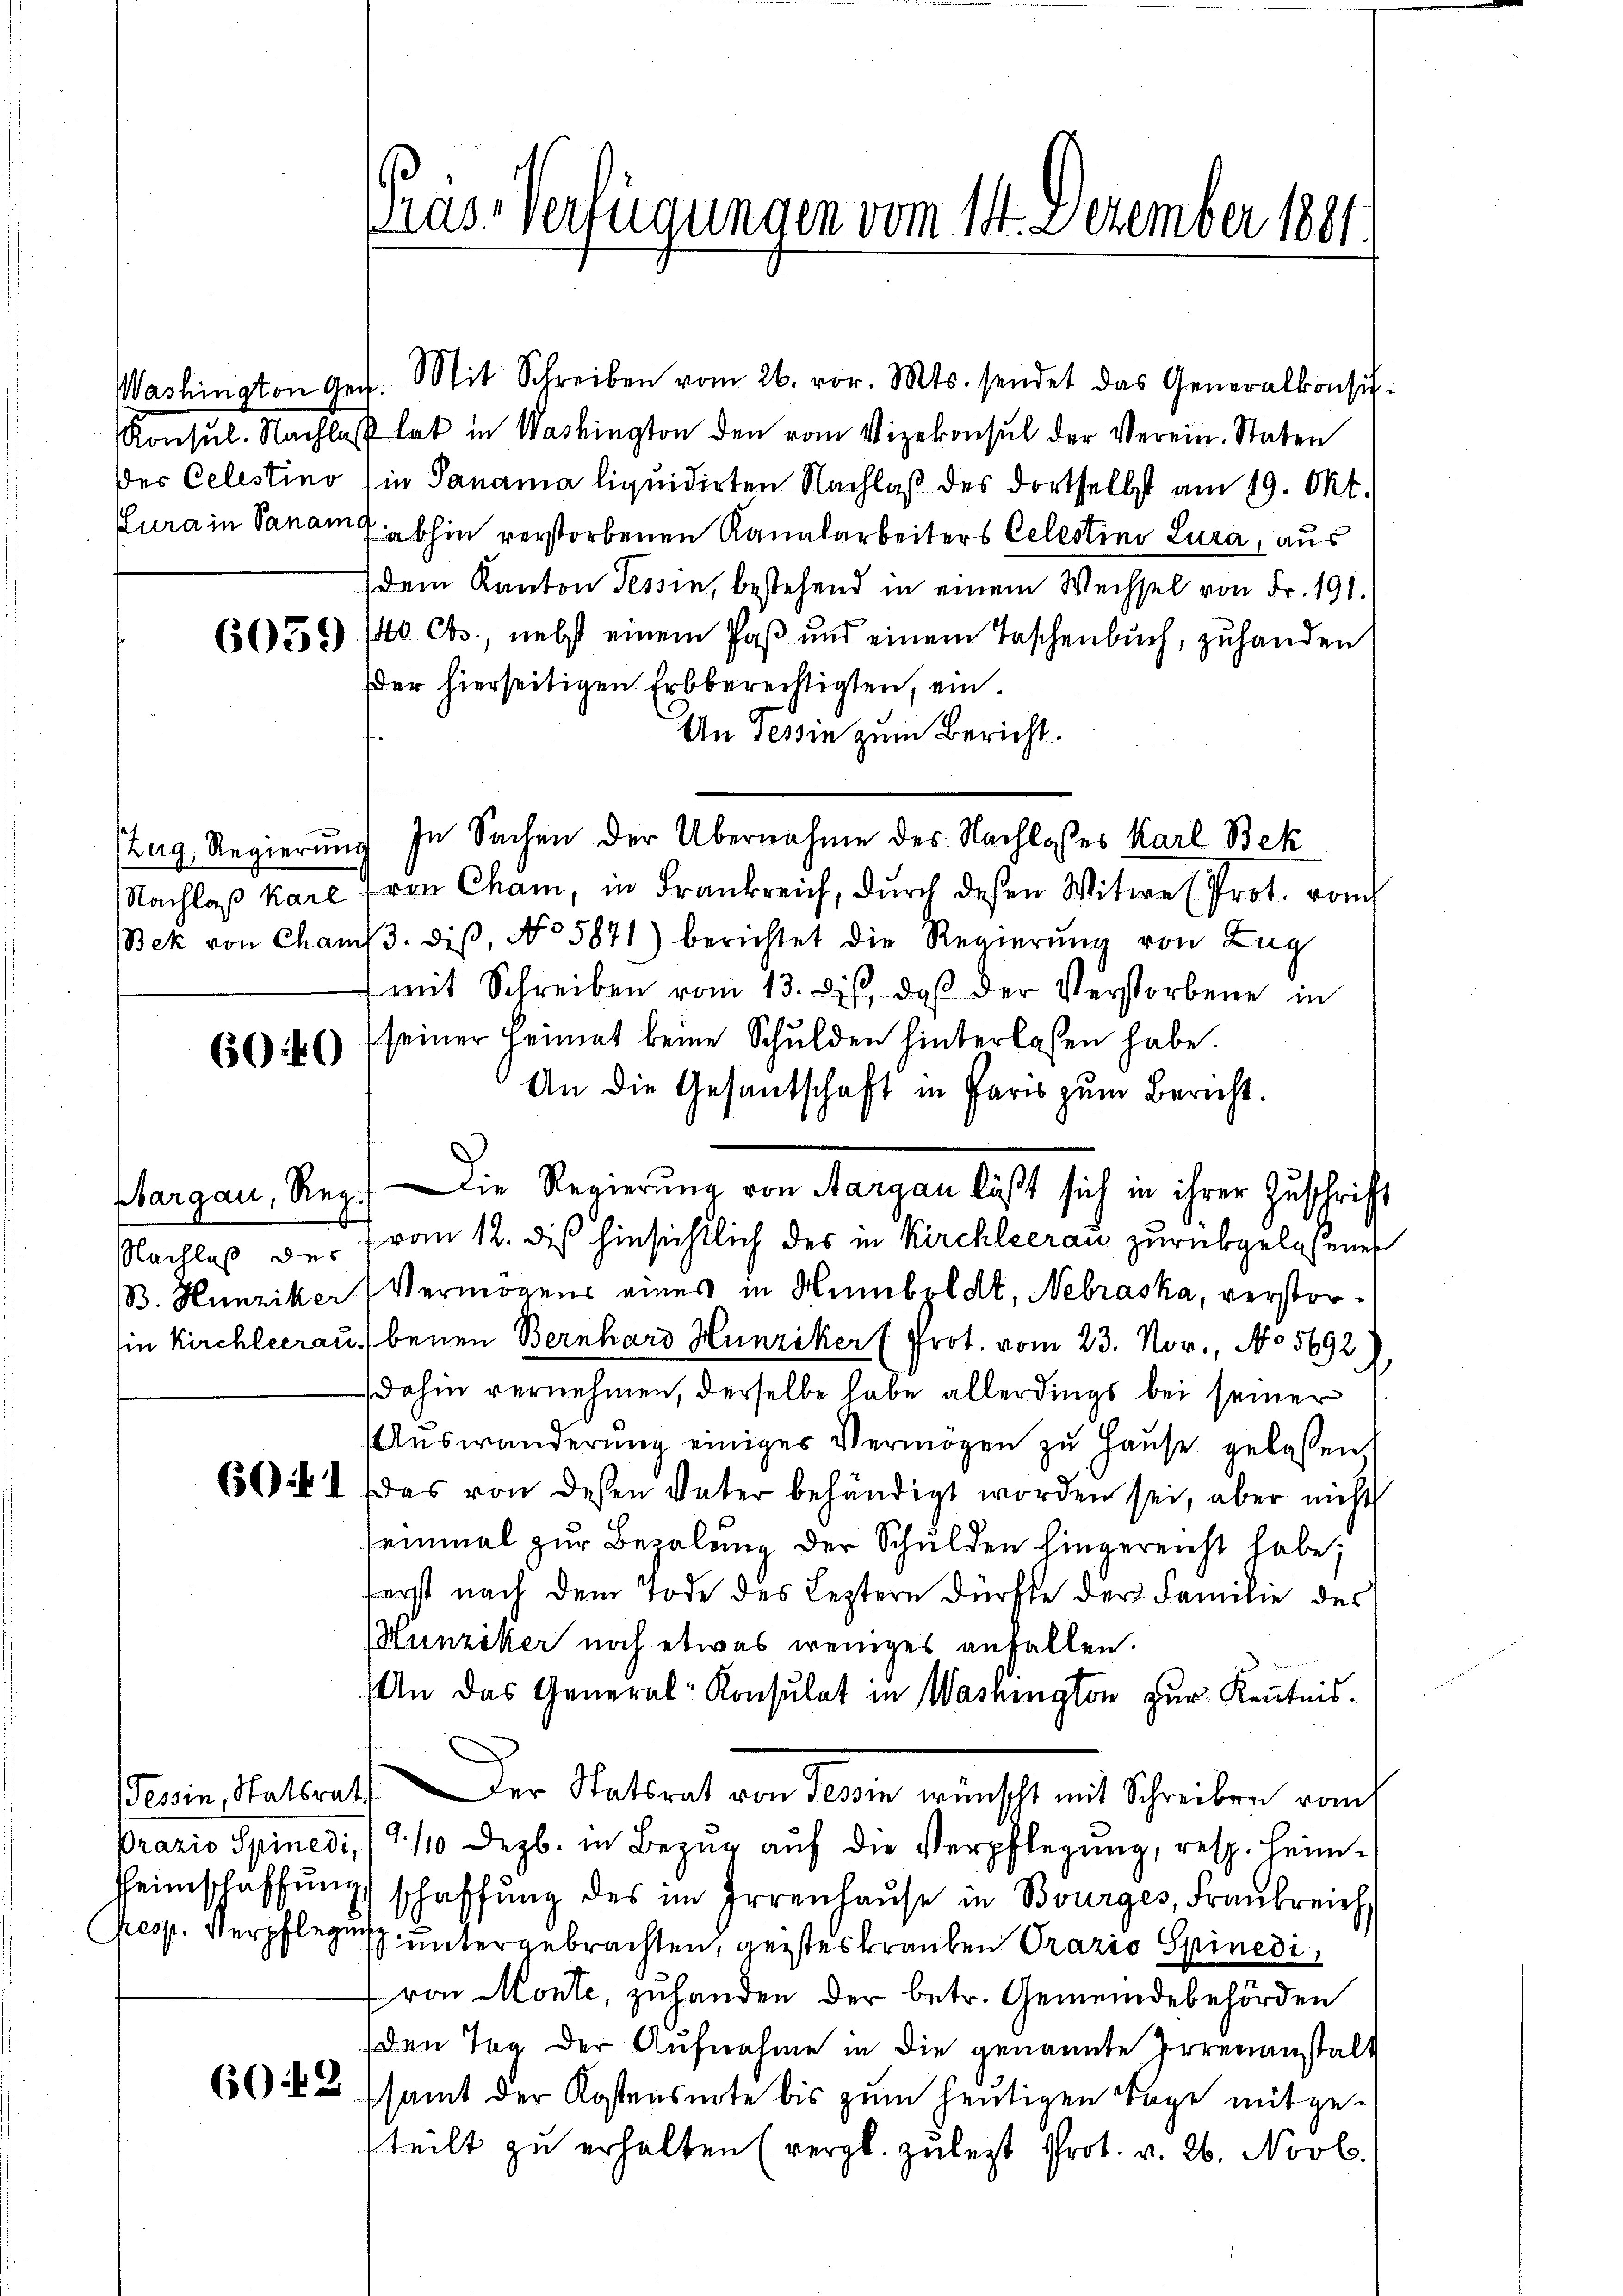
Washington Gech.

Zug, Regierung

60:40

Margau, Reg.

Resp. Verpflegung

Mit Schreiben vom 26. vor. Mts. sendet das Generalkonsi-
Konsŭl. Nachlas hat in Washington den vom Vizekonsul der Verein. Staten
Der Celestino (in Panama liquidirten Nachlaß des dortselbst am 19. Okt.
Plura in Sanam abhin verstorbenen Kanalarbeiters Celestins Lura, aus
dem Kanton Tessin, bestehend in einem Wechsel von Fr. 191.
66556) (40 Cts., nebst einem Paß und einem Taschenbuch, zuhanden
der hierseitigen Erbberechtigten, ein.
An Tessin zum Bericht.
In Sachen der Übernahme des Nachlosses Karl Bek
Nachlaß kare von Cham, in Frankreich, durch deßen Witwe Prot. von
Bek von Cham 3. diβ, No 5871) berichtet die Regierŭng von Zug
 mit Schreiben vom 13. dieß, daß der Verstorbene in
seiner Heimat keine Schulden hinterlassen habe.
An die Gesantschaft in Paris zum Bericht.
f
Nachlaß der Frau 12. dis hinsichtlich des in Kirchleerau zurükgelesener
B. Hunziker Vermögens eines in Humboldt, Nebraska, verstorie Kirchleerau, benen Bernhard Hunziker (Prot. vom 23. Nov., No 5692,
dahin vernehmen, derselbe habe allerdings bei seiner
Auswanderung einiges Vermögen zu Hause gelassen,
6641. Das von dessen Vater behändigt worden sei, aber nicht
einmal zur Bezalung der Schulden hingereicht habe;
ferst nach dem Tode des Leztern dürfte der Familie des
Hunziker noch etwas weniges anfallen.
An das General-Konsulat in Washington zur Kenntnis.
Ferie altrat. Der Ratsrat von Sein wünscht mit Schreiben rauch
Prazio Spinedi, /2/10 Dezb. in Bezŭg aŭf die Verpflegung, resp. Heim-
Heimschaffŭng schaffŭng des im Irrenhaŭse in Bourges, Fraŭbreich,
untergebrachten, geistes Brauten Prazio Spinedivon Monte, zuhanden der betr. Gemeindebehörden
den Tag der Aufnahme in die genannte Irrenanstalt
664 samt der Kostensnote bis zum heutigen Tage mitgeteilt zu erhalten (vergl. zulest Prot. v. 26. Novb.

as-Verfügungen vom 14. Dezember 1881.

Die Regierŭng von Aargau läßt sich in ihrer Zuschrift